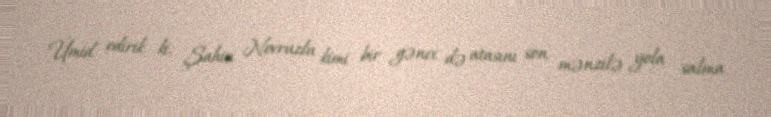
Ümid edirik ki, Şahin Novruzlu kimi bir gənci də atasını son mənzilə yola salma